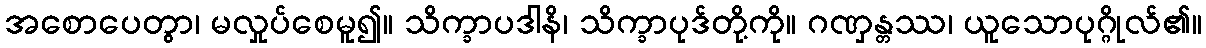
အစောပေတွာ၊ မလှုပ်စေမူ၍။ သိက္ခာပဒါနိ၊ သိက္ခာပုဒ်တို့ကို။ ဂဏှန္တဿ၊ ယူသောပုဂ္ဂိုလ်၏။